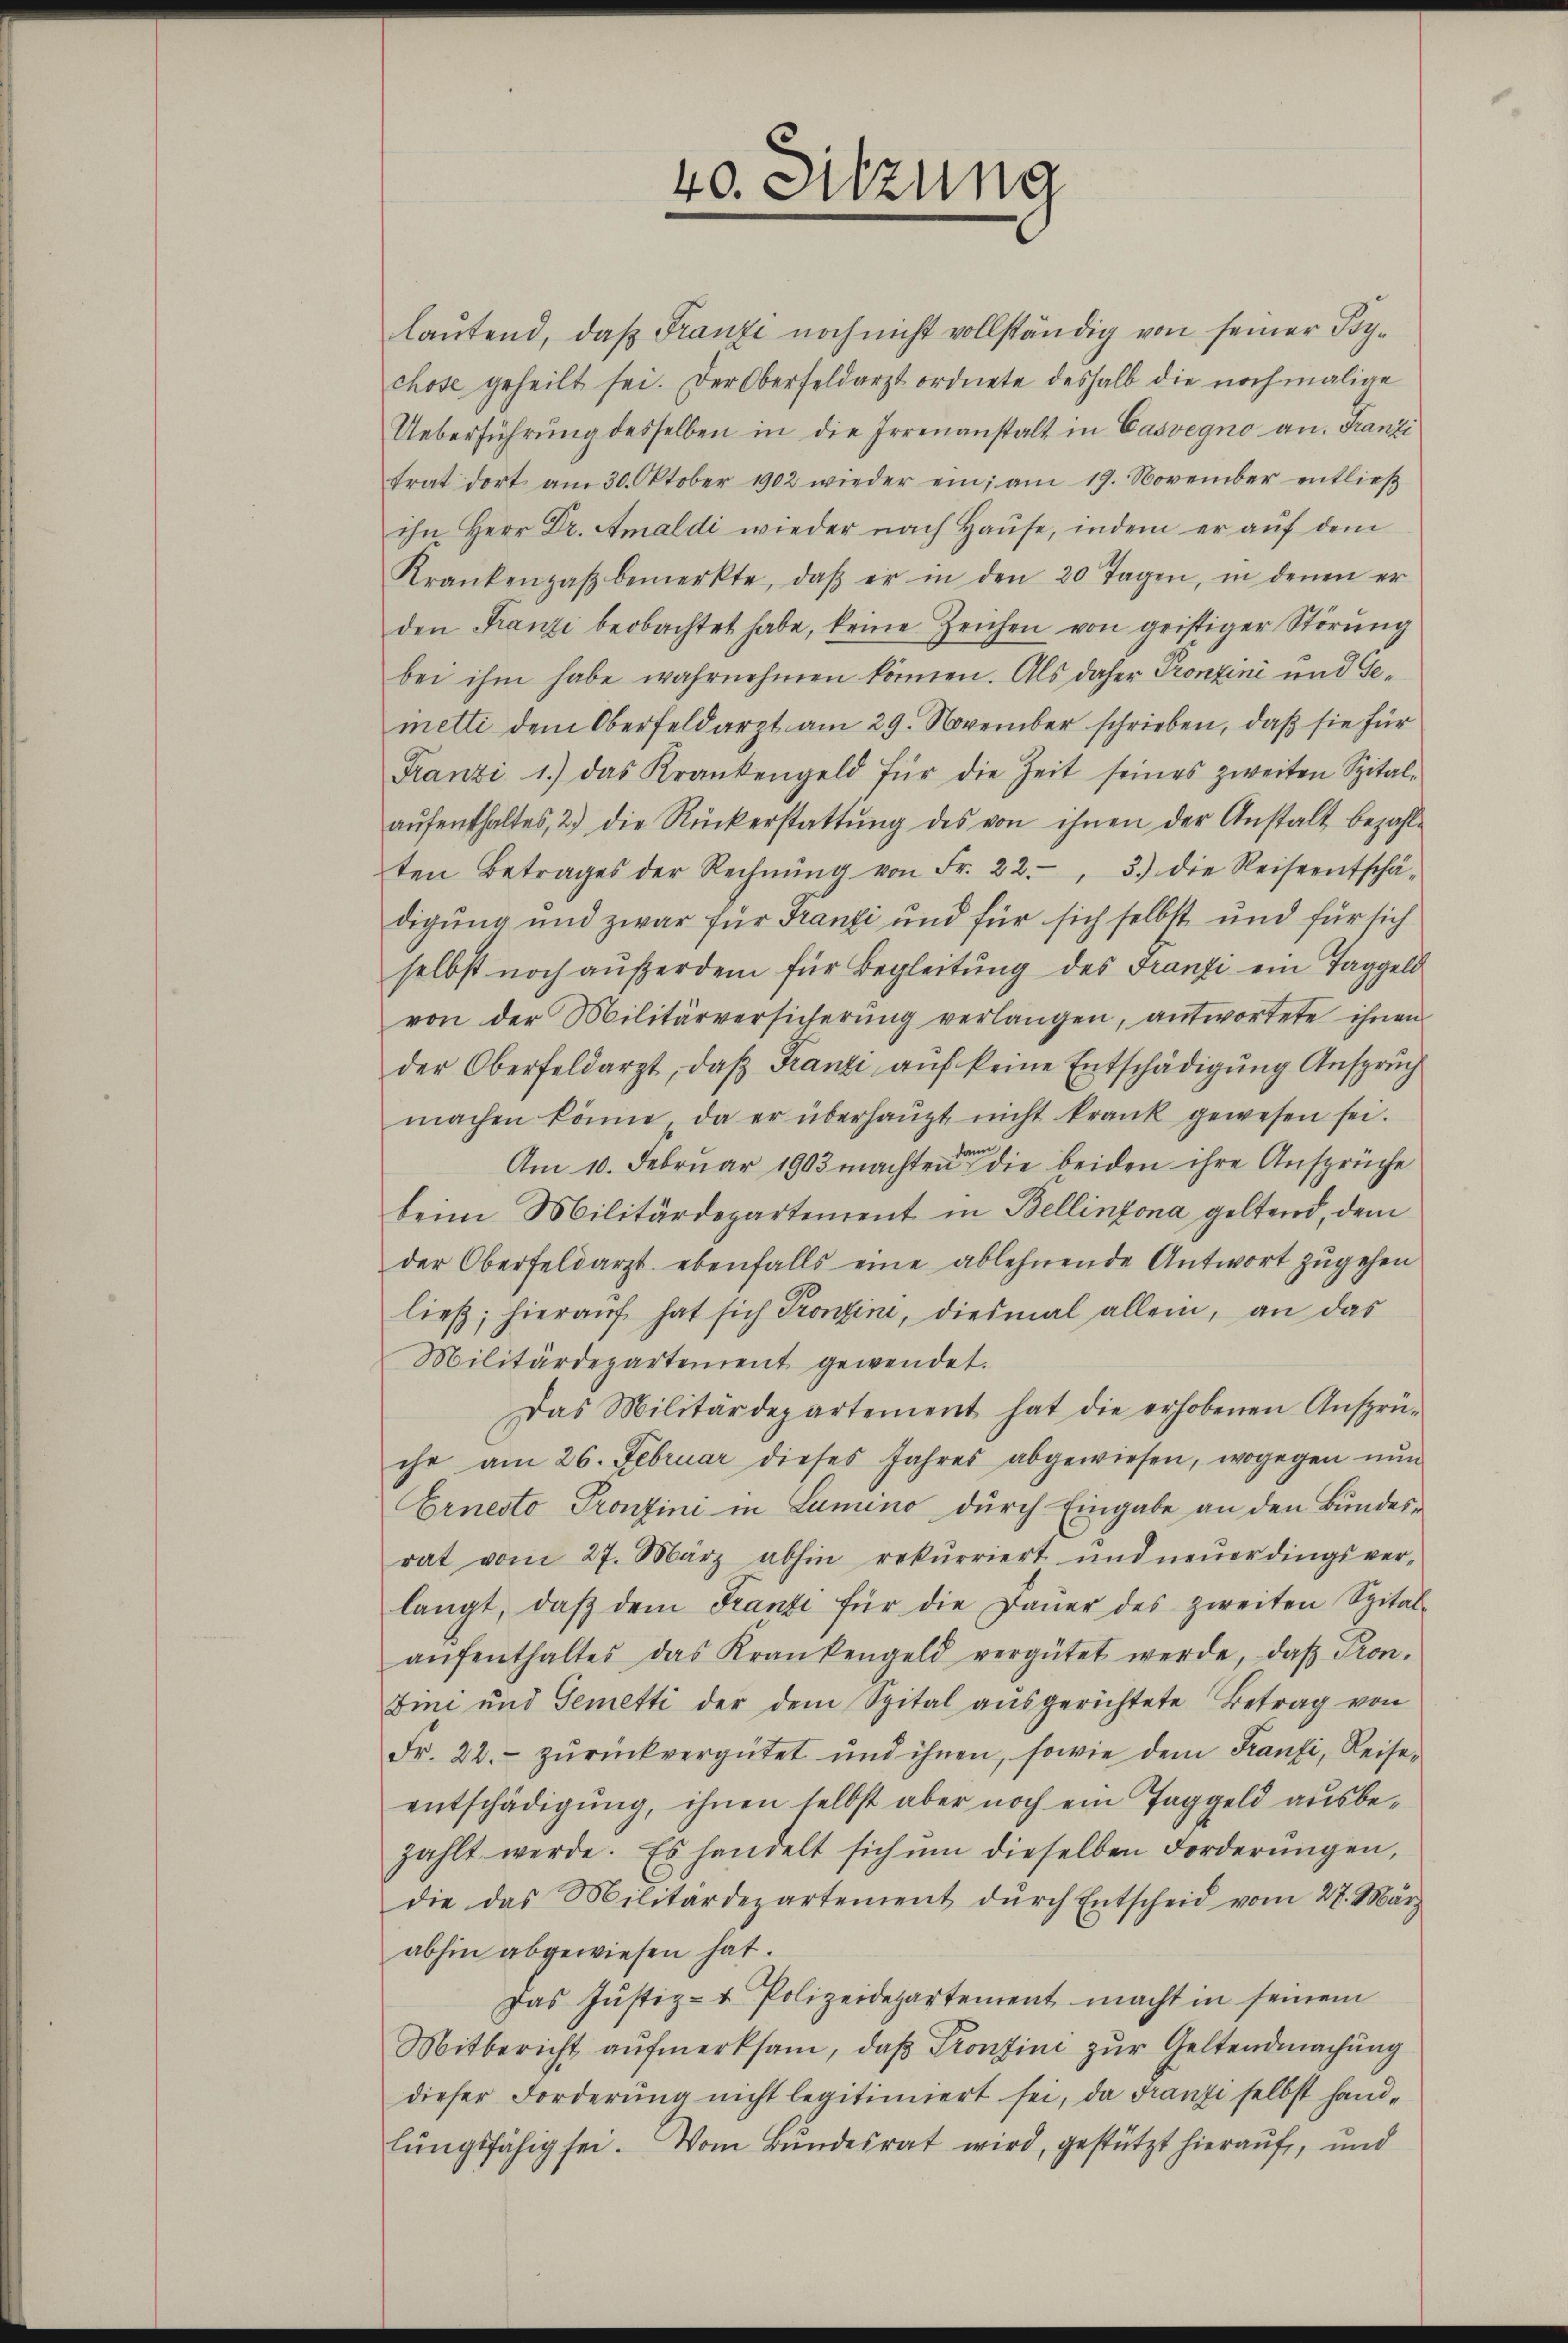
lautend, daß Franzi noch nicht vollständig von seiner Sigchose geheilt sei. Der Oberfeldarzt ordnete deshalb die nochmalige
Ueberführung desselben in die Irrenanstalt in Casvegno an. Franzi
trat dort am 30. Oktober 1902 wieder ein; am 19. November entlieβ
ihn Herr Dr. Amaldi wieder nach Hause, indem er auf dem
Krankenzaβ bemerkte, daβ er in den 20 Tagen, in denen er
den Franzi beobachtet habe, keine Zeichen von geistiger Störung
bei ihm habe wahrnehmen können. Als daher Pronzini und Gemetti dem Oberfeldarzt am 29. November schrieben, daß sie für
Franzi 1.) das Krankengeld für die Zeit seines zweiten Spital-
aŭfenthaltes, 2) die Rückerstattŭng des von ihnen der Anstalt bezahl-
ten Betrages der Rechnŭng von Fr. 22. 3.) die Reiseentschä-
digung und zwar für Franzi und für sich selbst und für sich
selbst noch aŭferdem für Begleitŭng des Franzi ein Taggeld
von der Militärversicherŭng verlangen, antwortete ihnen
der Oberfeldarzt, daß Franzi auf keine Entschädigung Ansprüch
machen könne, da er überhaŭpt nicht krank gewesen sei.
Am 10. Februar 1903 machten die beiden ihre Ansprüche
beim Militärdepartement in Bellinzona geltend, dem
der Oberfeldarzt ebenfalls eine ablehnende Antwort zugehen
ließ; hieraŭf hat sich Prontini, diesmal allein, an das
Militärdepartement gewendet.
Das Militärdepartement hat die erhobenen Ansprü-
ihr am 26. Februar dieses Jahres abgewiesen, wogegen nŭn
Ernesto Pronzini in Lumino durch Eingabe an den Bundesrat vom 27. März abhin rekurriert und neŭerdingsver-
langt, daβ dem Franze für die Daŭer des zweiten Spital-
aŭfenthaltes das Krankengeld vergütet werde, daβ Pron.
Imi und Gemetti der dem Spital ausgerichtete Betrag von
Fr. 22.- zŭrückvergütet und ihnen, sowie dem Franzi, Reise-
entschädigung, ihnen selbst aber noch ein Taggeld ausbezahlt werde. Es handelt sich ŭm dieselben Forderŭngen,
die das Militärdepartement dŭrch Entscheid vom 27. März
abhin abgewiesen hat.
Das Justiz- & Polizeidepartement macht in seinem
Mitbericht aufmerksam, daß Prontini zur Geltendmachung
dieser Forderung nicht legitimiert sei, da Franze selbst handlŭngsfähig sei. Vom Bŭndesrat wird, gestützt hieraŭf, und

40. Sitzung